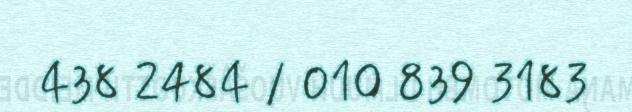
438 2484 / 010 839 3183